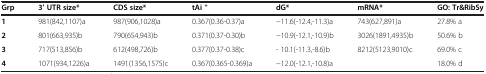
<table><thead><tr><td><b>Grp</b></td><td><b>3’ UTR size*</b></td><td><b>CDS size*</b></td><td><b>tAi <sup>+</sup></b></td><td><b>dG*</b></td><td><b>mRNA*</b></td><td><b>GO: Tr&amp;RibSy</b></td></tr></thead><tbody><tr><td><b>1</b></td><td>981(842,1107)a</td><td>987(906,1028)a</td><td>0.367(0.36-0.37)a</td><td>−11.6(-12.4,-11.3)a</td><td>743(627,891)a</td><td>27.8% a</td></tr><tr><td><b>2</b></td><td>801(663,935)b</td><td>790(654,943)b</td><td>0.371(0.37-0.30)b</td><td>−10.9(-12.1,-10.9)b</td><td>3026(1891,4935)b</td><td>50.6% b</td></tr><tr><td><b>3</b></td><td>717(513,856)b</td><td>612(498,726)b</td><td>0.377(0.37-0.38)c</td><td>- 10.1(-11.3,-8.6)b</td><td>8212(5123,9010)c</td><td>69.0% c</td></tr><tr><td><b>4</b></td><td>1071(934,1226)a</td><td>1491(1356,1575)c</td><td>0.367(0.365-0.369)a</td><td>−12.0(-12.1,-10.8)a</td><td> </td><td>18.0% d</td></tr></tbody></table>